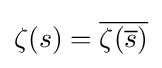
\zeta (s)={\overline {\zeta ({\overline {s}})}}